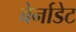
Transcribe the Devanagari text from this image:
बेर्नाडेट